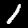
Label: 1